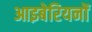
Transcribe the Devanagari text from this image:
आइबेरियनों